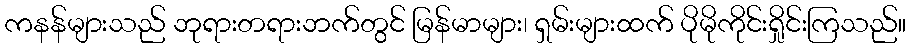
ကနန်များသည် ဘုရားတရားဘက်တွင် မြန်မာများ၊ ရှမ်းများထက် ပိုမိုကိုင်းရှိုင်းကြသည်။